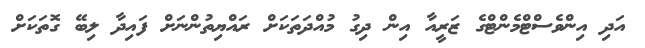
އަދި އިންވެސްޓްމެންޓްގެ ޒަރީއާ އިން ދިގު މުއްދަތަކަށް ރައްޔިތުންނަށް ފައިދާ ލިބޭ ގޮތަކަށް